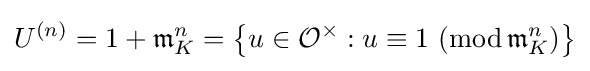
U^{(n)}=1+{\mathfrak {m}}_{K}^{n}=\left\{u\in {\mathcal {O}}^{\times }:u\equiv 1\,\left(\operatorname {mod} {\mathfrak {m}}_{K}^{n}\right)\right\}